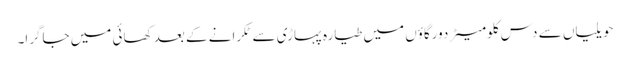
حویلیاں سے دس کلومیٹردورگاؤں میں طیارہ پہاڑی سے ٹکرانے کے بعد کھائی میں جاگرا۔